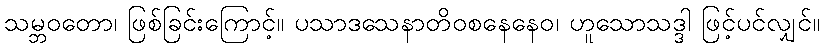
သမ္ဘဝတော၊ ဖြစ်ခြင်းကြောင့်။ ပသာဒသေနာတိဝစနေနေဝ၊ ဟူသောသဒ္ဒါ ဖြင့်ပင်လျှင်။